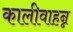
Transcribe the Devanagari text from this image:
कालीवाहन्न